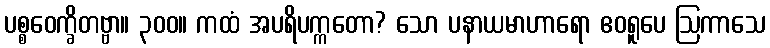
ပစ္စဝေက္ခိတဗ္ဗာ။ ၃၀၀။ ကထံ အပရိပက္ကတော? သော ပနာယမာဟာရော ဧဝရူပေ ဩကာသေ